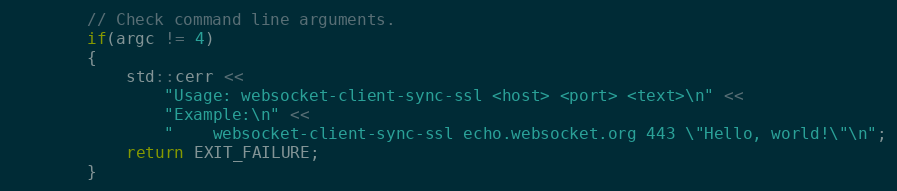
Language: C++
        // Check command line arguments.
        if(argc != 4)
        {
            std::cerr <<
                "Usage: websocket-client-sync-ssl <host> <port> <text>\n" <<
                "Example:\n" <<
                "    websocket-client-sync-ssl echo.websocket.org 443 \"Hello, world!\"\n";
            return EXIT_FAILURE;
        }